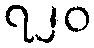
၇၂၀